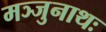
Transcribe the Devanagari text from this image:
मञ्जुनाथः